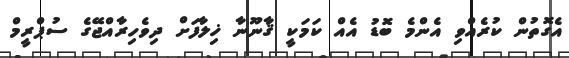
އެގޮތުން ކުރެއްވި އެންމެ ބޮޑު އެއް ކަމަކީ ޤާނޫނާ ޚިލާފަށް ދިވެހިރާއްޖޭގެ ސުޕްރީމް